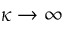
\kappa \rightarrow \infty